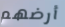
أرضهم